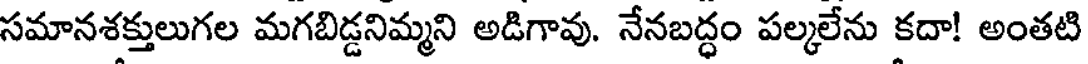
సమానశక్తులుగల మగబిడ్డనిమ్మని అడిగావు. నేనబద్ధం పల్కలేను కదా! అంతటి